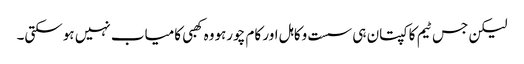
لیکن جس ٹیم کا کپتان ہی سست وکاہل اور کام چورہووہ کھبی کامیاب نہیں ہوسکتی۔